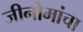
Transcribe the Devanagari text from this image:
जीनोमांचा